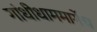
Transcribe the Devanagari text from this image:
गांधीधाममार्गेच